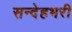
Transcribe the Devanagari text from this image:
सन्देहभरी